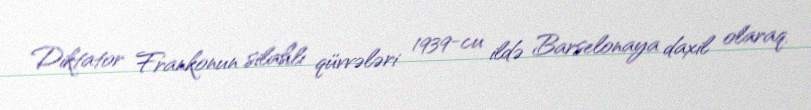
Diktator Frankonun silahlı qüvvələri 1939-cu ildə Barselonaya daxil olaraq,